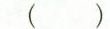
()